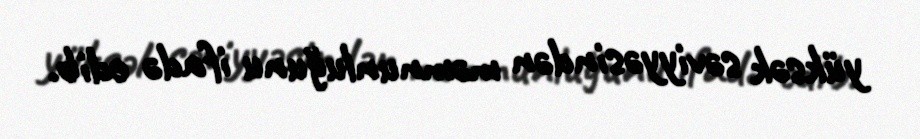
yüksək səviyyəsindən məmnunluğunu ifadə edib.